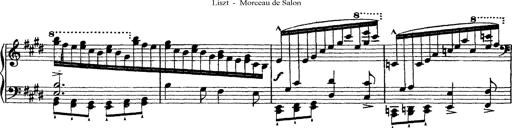
Title: Morceau de Salon
Composer: Josef Adalbert Pacher
Key: D-flat major